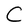
Character: C